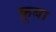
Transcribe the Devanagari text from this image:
क़ूबा